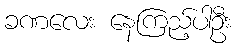
ခဏလေး နေကြည့်ပါဦး